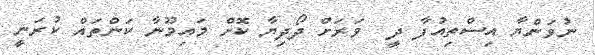
ނުވަންޔާ އިސްތިއުފާ ދީ  ވަރަށް ދޯދިޔާ ކޮށް މައިމޫނާ ކަންތައް ކުރަނީ